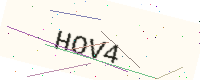
Text: HOV4